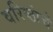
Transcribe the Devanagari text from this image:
वरिष्ठांचे